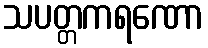
သပတ္တကရဏော